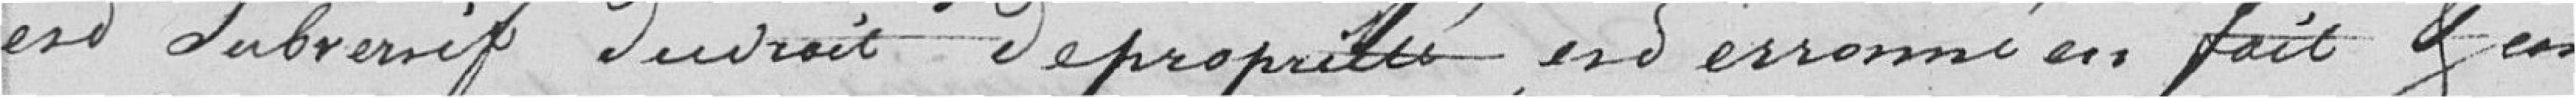
est subversif du droit de propriété, est erroné en fait et en